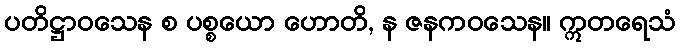
ပတိဋ္ဌာဝသေန စ ပစ္စယော ဟောတိ, န ဇနကဝသေန။ ဣတရေသံ